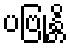
ပဗြုန္တိ